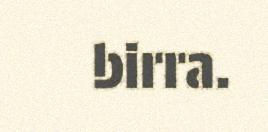
birra.